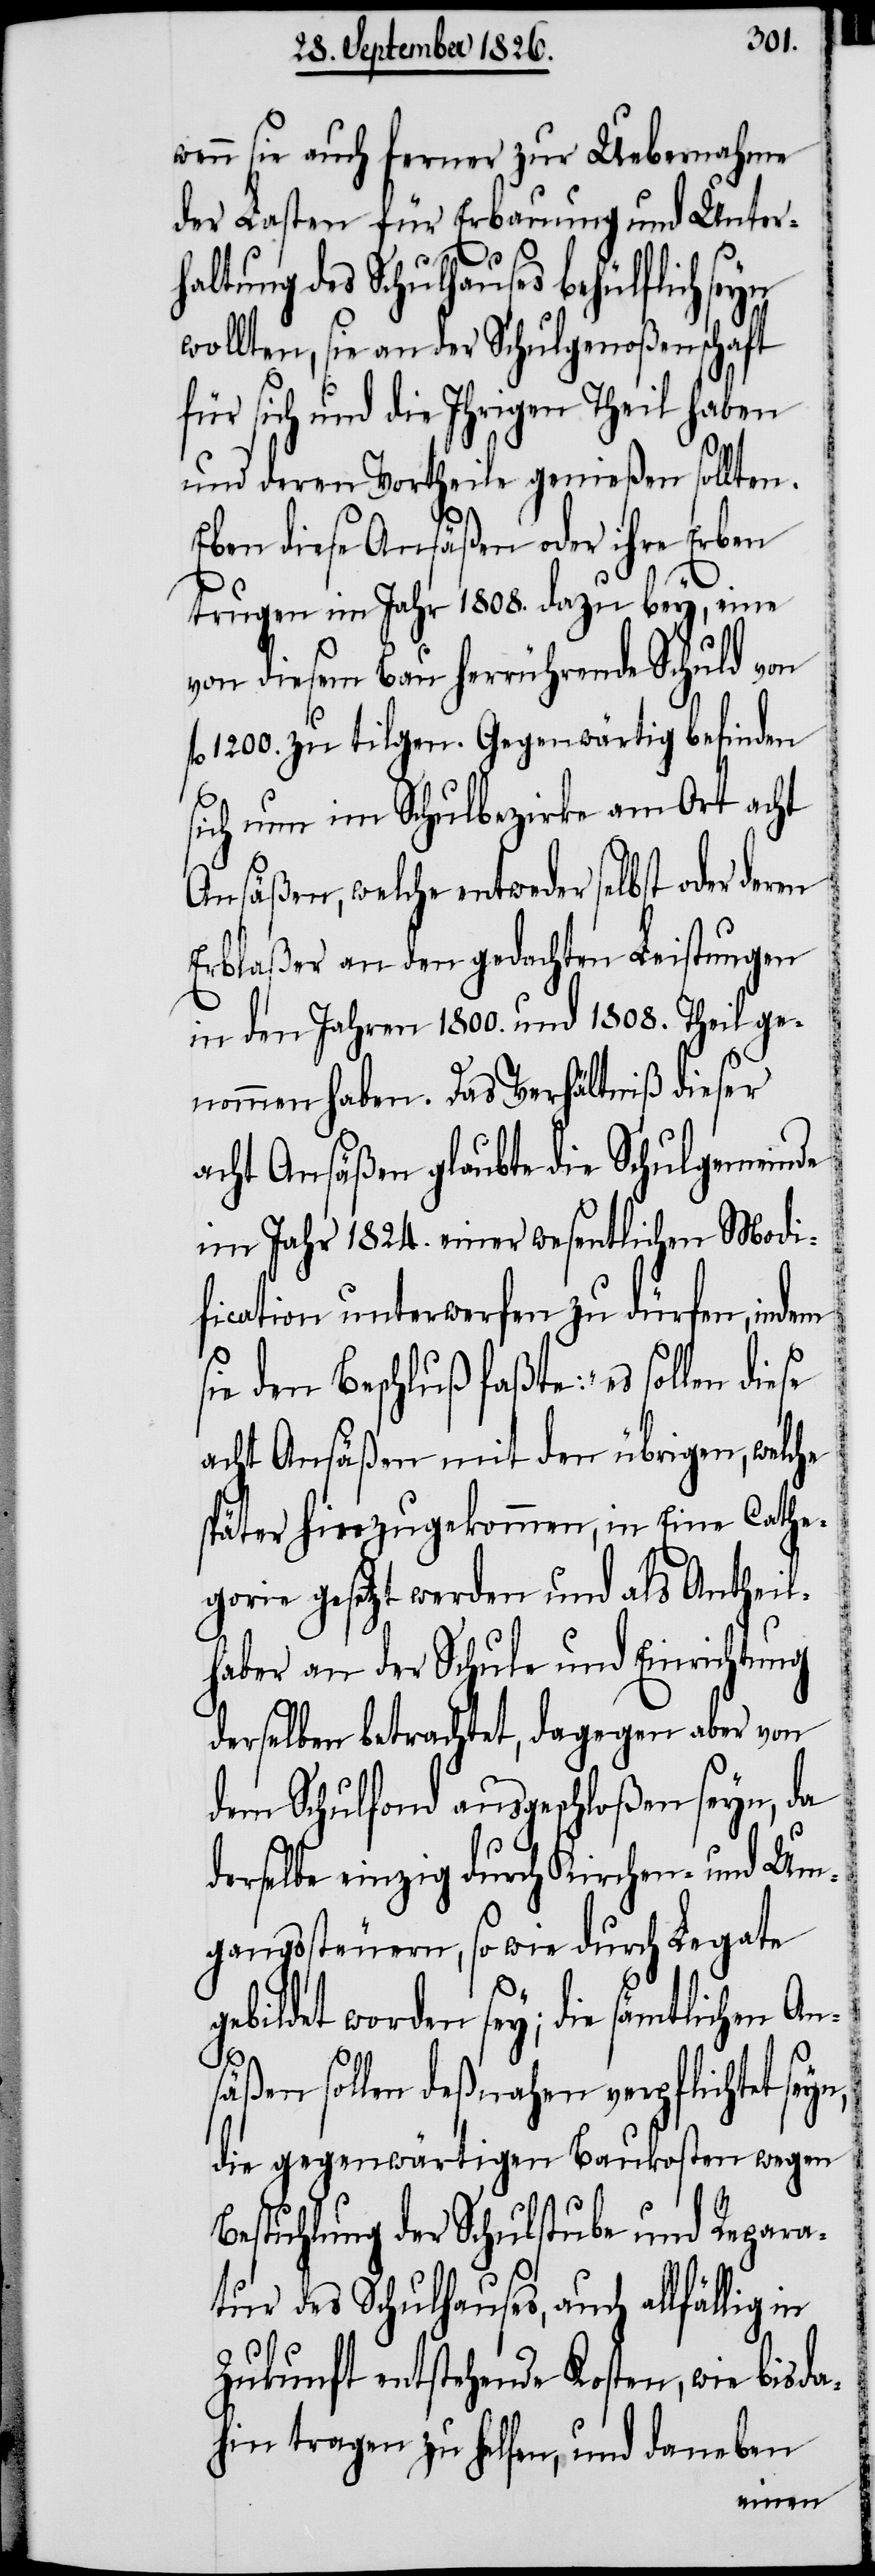
wenn sie auch ferner zur Uebernahme
der Lasten für Erbauung und Unter¬
haltung des Schulhauses behülflich seyn
wollten, sie an der Schulgenoßenschaft
für sich und die Ihrigen Theil haben
und deren Vortheile genießen sollten.
Eben diese Ansäßen oder ihre Erben
trugen im Jahr 1808. dazu bey, eine
von diesem Bau herrührende Schuld von
fl. 1200. zu tilgen. Gegenwärtig befinden
sich nun im Schulbezirke am Ort acht
Ansäßen, welche entweder selbst oder deren
Erblaßer an den gedachten Leistungen
in den Jahren 1800. und 1808. Theil ge¬
nommen haben. Das Verhältniß dieser
acht Ansäßen glaubte die Schulgemeinde
im Jahr 1824. einer wesentlichen Modi¬
fication unterwerfen zu dürfen, indem
sie den Beschluß faßte: „es sollen
acht Ansäßen mit den übrigen, welche
später hinzugekommen, in eine Cathe¬
gorie gesetzt werden und als Antheil¬
haber an der Schule und Einrichtung
derselben betrachtet, dagegen aber von
dem Schulfond ausgeschloßen seyn, da
derselbe einzig durch Kirchen- und Um¬
gangssteuern, so wie durch Legate
gebildet worden sey; die sämtlichen Ans¬
äßen sollen deßnahen verpflichtet
die gegenwärtigen Baukosten wegen
Bestuhlung der Schulstube und Repara¬
tur des Schulhauses, auch allfällig in
Zukunft entstehende Kosten, wie bis da¬
hin tragen zu helfen, und daneben